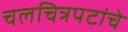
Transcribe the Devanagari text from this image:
चलचित्रपटांचे